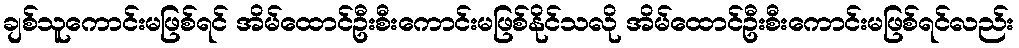
ချစ်သူကောင်းမဖြစ်ရင် အိမ်ထောင်ဦးစီးကောင်းမဖြစ်နိုင်သလို အိမ်ထောင်ဦးစီးကောင်းမဖြစ်ရင်လည်း